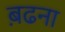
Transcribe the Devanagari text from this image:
ब़ढना